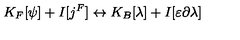
K _ { F } [ \psi ] + I [ j ^ { F } ] \leftrightarrow K _ { B } [ \lambda ] + I [ \varepsilon \partial \lambda ]